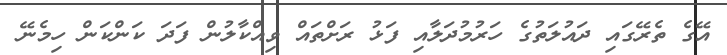
އޭގެ ތެރޭގައި ދައުލަތުގެ ހަރުމުދަލާއި ފަޅު ރަށްތައް ވިއްކާލުން ފަދަ ކަންކަން ހިމެނޭ